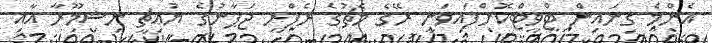
އެންމެ ގިނައިން ޓްވީޓްކޮށްފައިވަނީ ރޭގެ މެޗުގެ ރެފްރީ ޖަޕާނުގެ ޔުއިޗީ ނިޝިމޫރާ އާއި